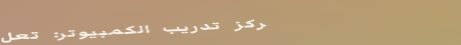
مركز تدريب الكمبيوتر: تعل